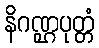
နိဂဏ္ဌပုတ္တံ